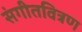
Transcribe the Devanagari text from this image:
संगीतवित्रण